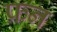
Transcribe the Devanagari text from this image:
फ्रन